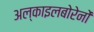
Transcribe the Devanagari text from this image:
अल्काइलबोरेनों